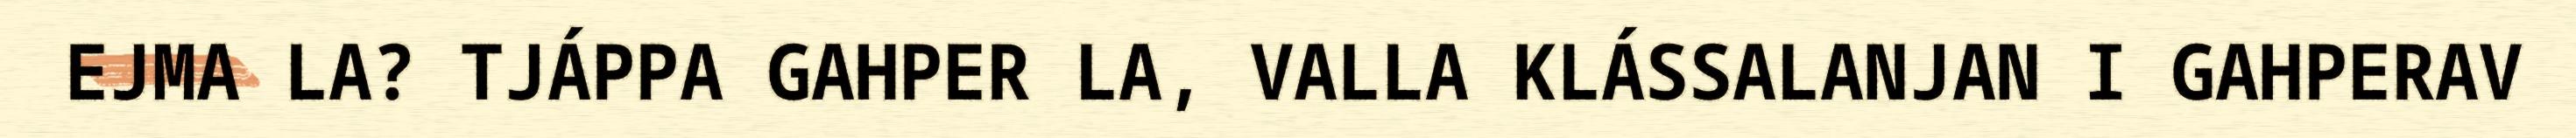
EJMA LA? TJÁPPA GAHPER LA, VALLA KLÁSSALANJAN I GAHPERAV